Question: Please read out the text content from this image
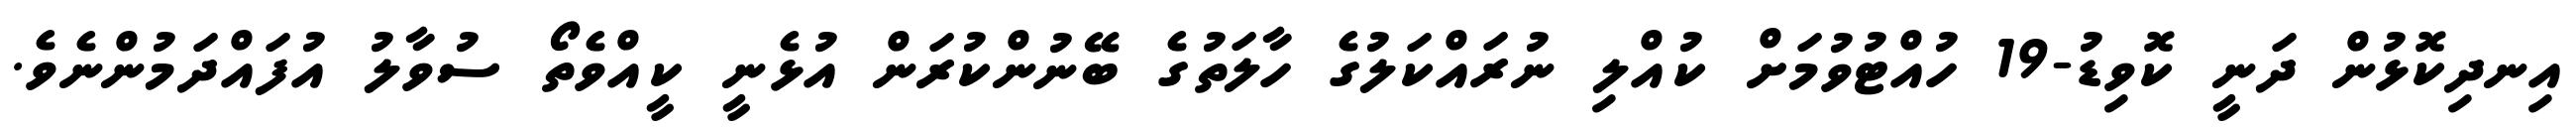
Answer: އިނދިކޮޅުން ދަނީ ކޮވިޑު-19 ހުއްޓުވުމަށް ކުއްލި ނުރައްކަލުގެ ހާލަތުގެ ބޭނުންކުރަން އުޅެނީ ކީއްވެތޯ ސުވާލު އުފައްދަމުންނެވެ.